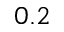
0 . 2